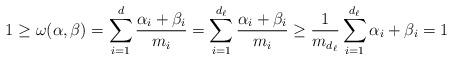
LaTeX: \begin{align*} 1\geq \omega(\alpha,\beta) = \sum_{i=1}^d \frac{\alpha_i+\beta_i}{m_i} = \sum_{i=1}^{d_{\ell}} \frac{\alpha_i+\beta_i}{m_i} \geq \frac{1}{m_{d_{\ell}}} \sum_{i=1}^{d_{\ell}} \alpha_i+\beta_i = 1 \end{align*}